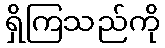
ရှိကြသည်ကို